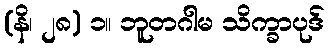
(နိ၊ ၂၈) ၁။ ဘူတဂါမ သိက္ခာပုဒ်